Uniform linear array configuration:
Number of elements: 4
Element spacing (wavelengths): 1
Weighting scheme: blackman
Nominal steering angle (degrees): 60
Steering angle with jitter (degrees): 58.835
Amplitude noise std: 0.05
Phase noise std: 0.05

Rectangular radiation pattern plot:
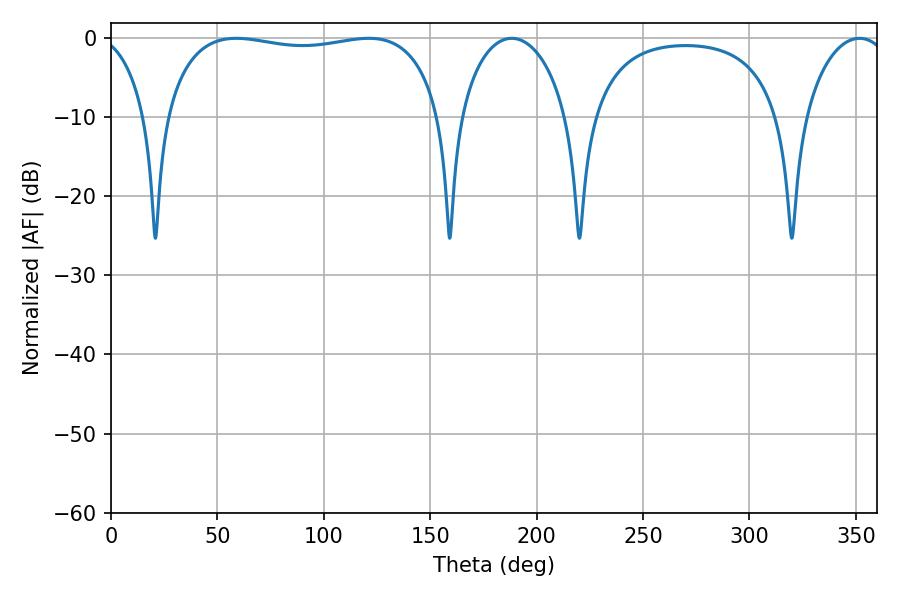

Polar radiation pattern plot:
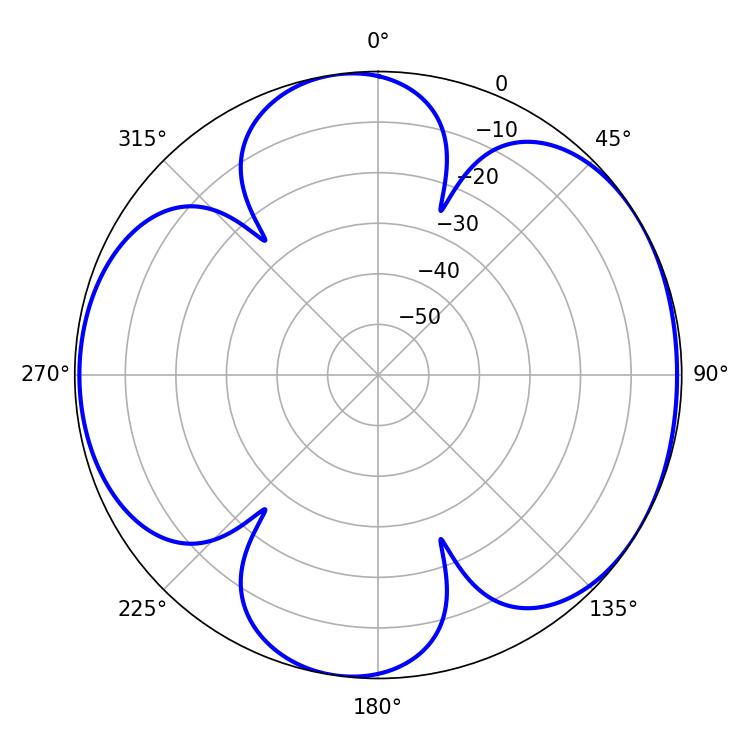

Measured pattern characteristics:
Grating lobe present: TRUE
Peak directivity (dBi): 5.824
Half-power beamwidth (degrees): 29.16
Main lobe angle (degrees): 188.28